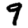
Digit: 9